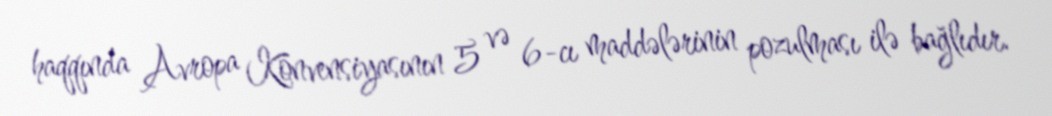
haqqında Avropa Konvensiyasının 5 və 6-cı maddələrinin pozulması ilə bağlıdır.